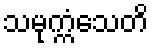
သမုက္ကံသေတိ